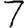
Digit: 7